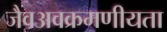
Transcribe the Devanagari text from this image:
जैवअवक्रमणीयता